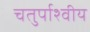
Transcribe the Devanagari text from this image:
चतुर्पाश्वीय